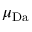
\mu _ { \mathrm { D a } }